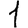
Digit: 1